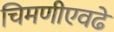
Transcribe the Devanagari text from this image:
चिमणीएवढे